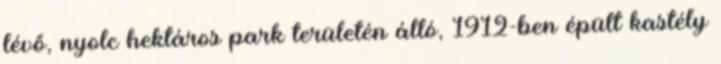
lévő, nyolc hektáros park területén álló, 1912-ben épült kastély